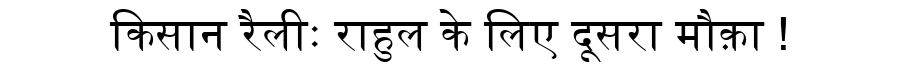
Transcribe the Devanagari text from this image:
किसान रैलीः राहुल के लिए दूसरा मौक़ा !